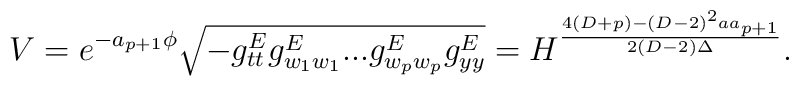
V=e^{-a_{p+1}\phi}\sqrt{-g^E_{tt}g^E_{w_1w_1}...g^E_{w_pw_p}g^E_{yy}}=H^{{4(D+p)-(D-2)^2aa_{p+1}}\over{2(D-2)\Delta}}.